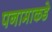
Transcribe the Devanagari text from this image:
पनामाकडे